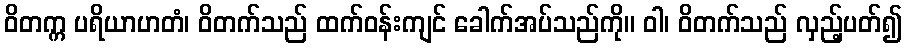
ဝိတက္က ပရိယာဟတံ၊ ဝိတက်သည် ထက်ဝန်းကျင် ခေါက်အပ်သည်ကို။ ဝါ၊ ဝိတက်သည် လှည့်ပတ်၍